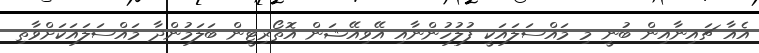
އެއާ ޗައިނާއިން ބުނީ މި މައްސަލައަކީ ފުލުހުންނާއި އޭވިއޭޝަން އޮތޯރިޓީން ބަލަމުންދާ މައްސަލައަކަށްވާތި